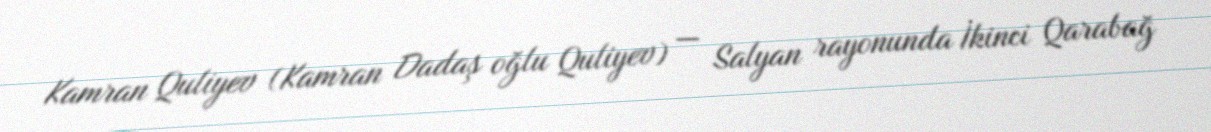
Kamran Quliyev (Kamran Dadaş oğlu Quliyev) — Salyan rayonunda İkinci Qarabağ